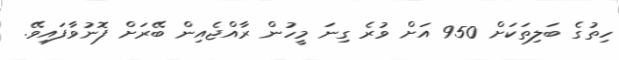
ހިތުގެ ބަލިތަކަށް 950 އަށް ވުރެ ގިނަ މީހުން ރާއްޖެއިން ބޭރަށް ފޮނުވާފައިވޭ.